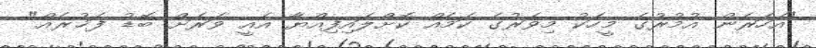
"އަހަރެން އުމުރުގެ މީހަކު މިވަރުގެ ކަމެއް ކޮށްލައިފިއްޔާ އެއީ ވަރަށް ބޮޑު ފަޚުރެއް"